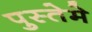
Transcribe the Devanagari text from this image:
पुस्तेमे